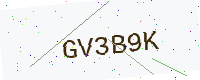
Text: GV3B9K